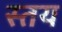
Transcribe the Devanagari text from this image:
स्तय